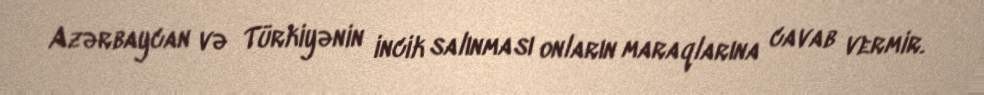
Azərbaycan və Türkiyənin incik salınması onların maraqlarına cavab vermir.